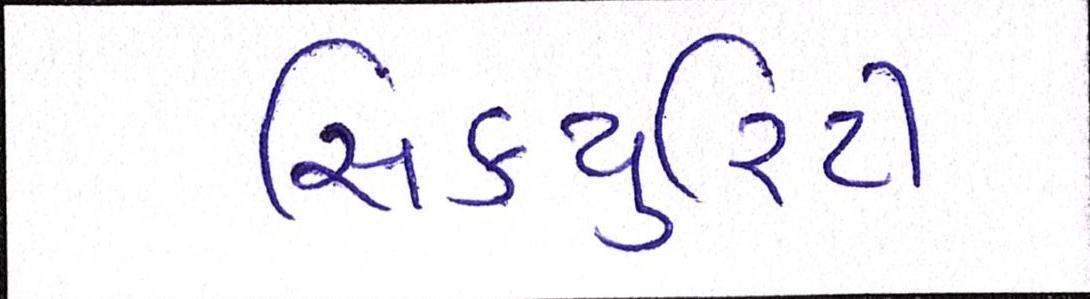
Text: સિકયુરિટી